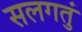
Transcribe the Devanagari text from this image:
सलगतुं